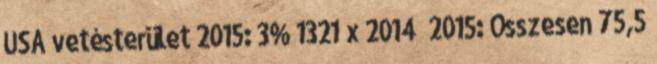
USA vetésterület 2015: 3% 1321 x 2014 2015: Összesen 75,5